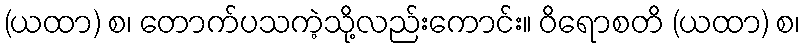
(ယထာ) စ၊ တောက်ပသကဲ့သို့လည်းကောင်း။ ဝိရောစတိ (ယထာ) စ၊